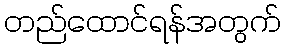
တည်ထောင်ရန်အတွက်